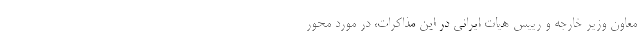
معاون وزیر خارجه و رییس هیات ایرانی در این مذاکرات، در مورد محور